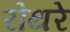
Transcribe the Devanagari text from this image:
रोथरे